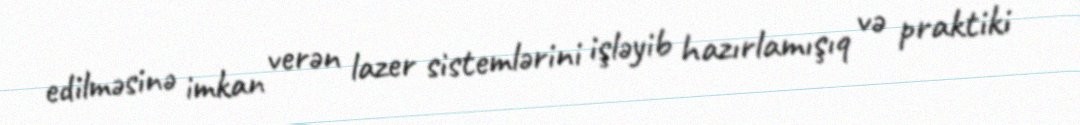
edilməsinə imkan verən lazer sistemlərini işləyib hazırlamışıq və praktiki